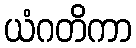
ယံဂတိကာ